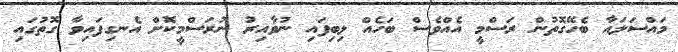
މައްސަލައާ ބެހޭގޮތުން ރަސްމީ އެއްވެސް ބަހެއް ލިބިފައި ނުވާއިރު ނުރަސްމީކޮށް އެނގިފައިވާ ގޮތުގައި